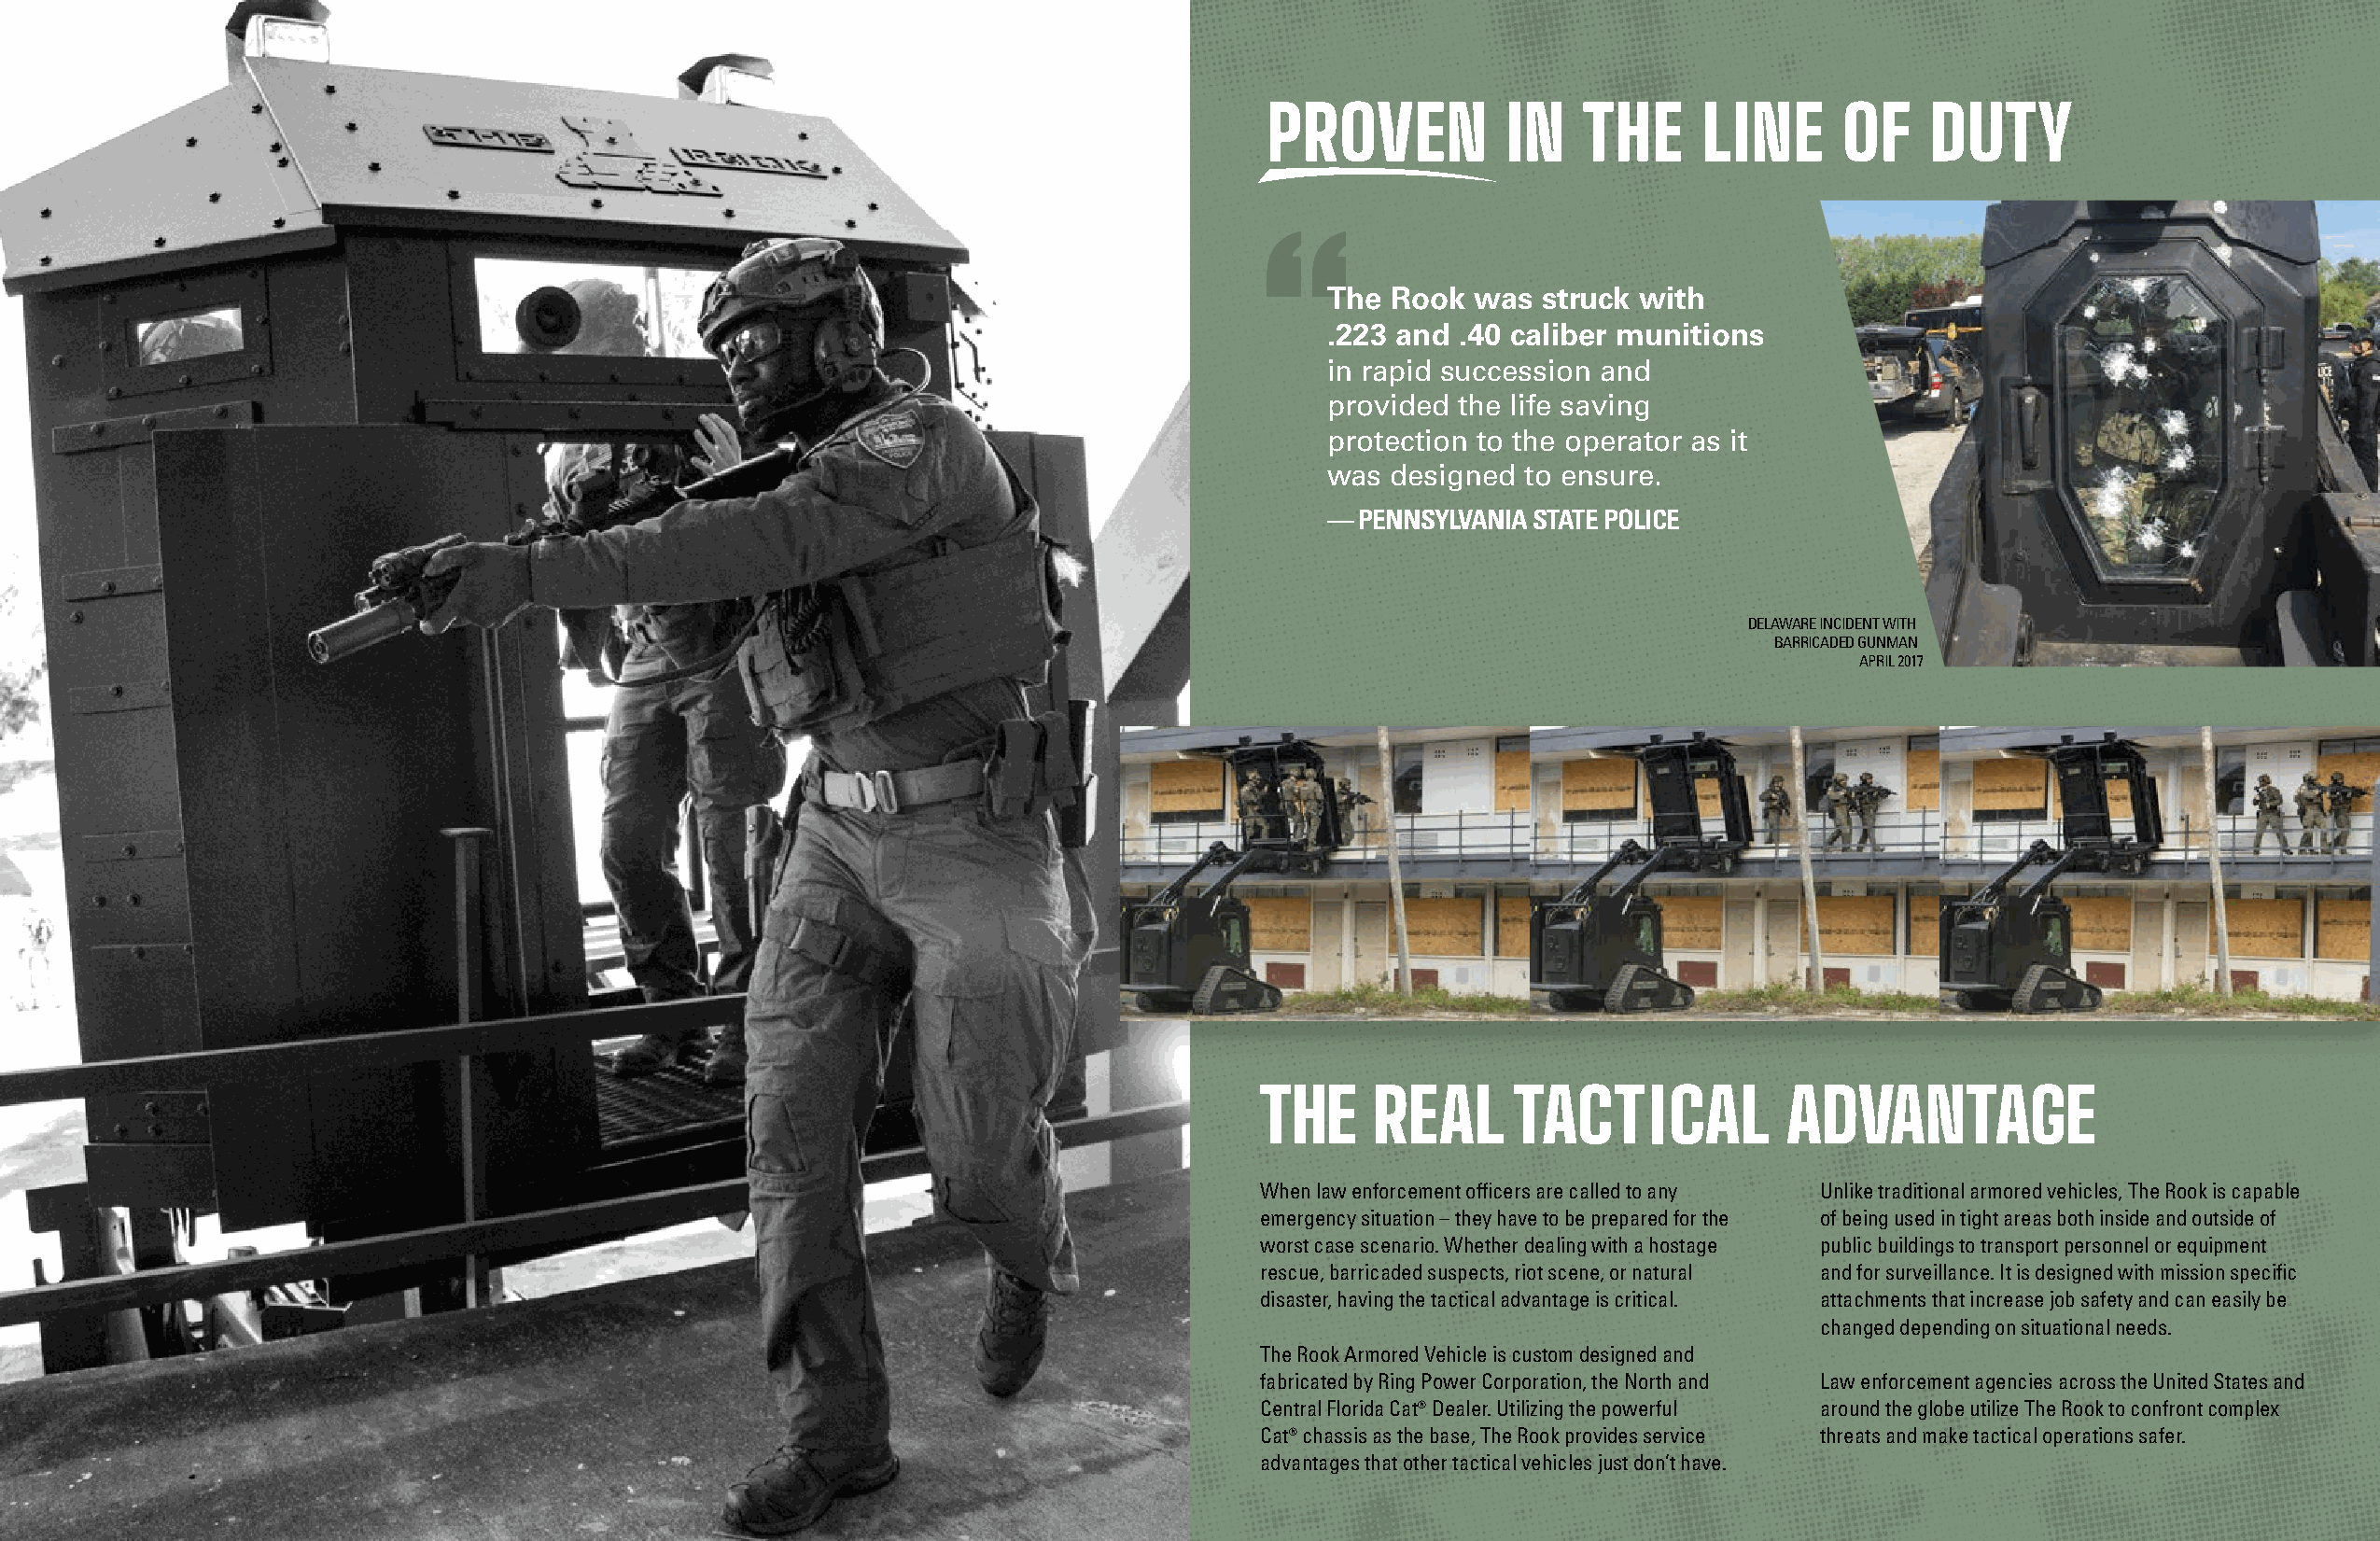
PROVEN           IN   THE      LINE      OF    DUTY
 “
 The  Rook  was struck with
 .223 and .40 caliber munitions
 in rapid succession and
 provided the life saving
 protection to the operator as it
 was  designed to ensure.
 — PENNSYLVANIA STATE POLICE
 DELAWARE INCIDENT WITH
 BARRICADED GUNMAN
 APRIL 2017
 THE     REAL      TACTICAL            ADVANTAGE
 When law enforcement officers are called to any Unlike traditional armored vehicles, The Rook is capable
 emergency situation – they have to be prepared for the of being used in tight areas both inside and outside of
 worst case scenario. Whether dealing with a hostage public buildings to transport personnel or equipment
 rescue, barricaded suspects, riot scene, or natural and for surveillance. It is designed with mission specific
 disaster, having the tactical advantage is critical. attachments that increase job safety and can easily be
 changed depending on situational needs.
 The Rook Armored Vehicle is custom designed and
 fabricated by Ring Power Corporation, the North and Law enforcement agencies across the United States and
 Central Florida Cat® Dealer. Utilizing the powerful around the globe utilize The Rook to confront complex
 Cat® chassis as the base, The Rook provides service threats and make tactical operations safer.
 advantages that other tactical vehicles just don’t have.